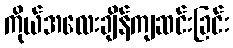
ကိုယ်အလေးချိန်ကျဆင်းခြင်း